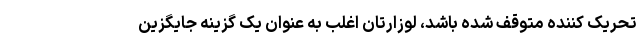
تحریک کننده متوقف شده باشد، لوزارتان اغلب به عنوان یک گزینه جایگزین